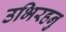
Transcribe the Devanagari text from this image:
उभिरहनु